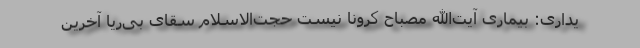
یداری: بیماری آیت‌الله مصباح کرونا نیست حجت‌الاسلام سقای بی‌ریا آخرین